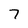
Character: 7